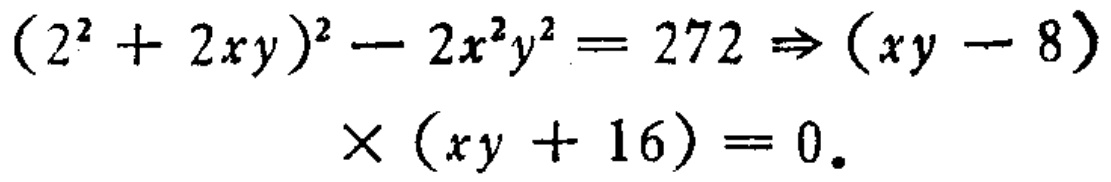
\((2^{2}+2xy)^{2}-2x^{2}y^{2}=272\Rightarrow(xy - 8)\times(xy + 16)=0\)